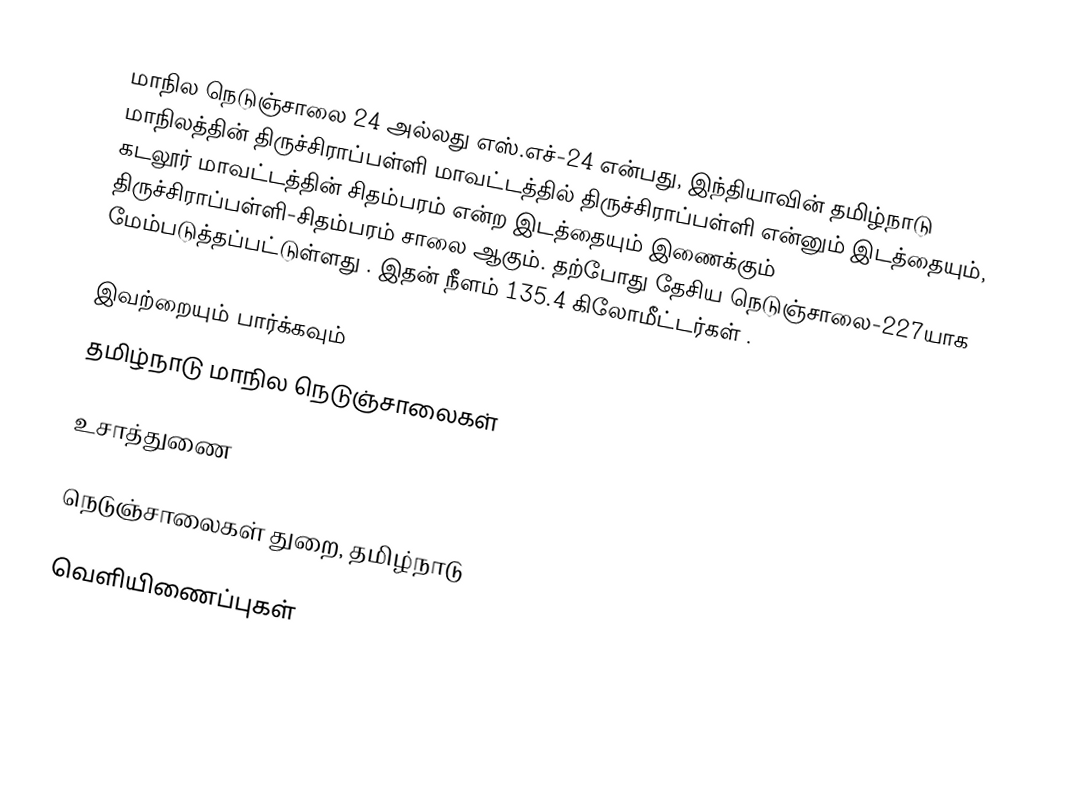
மாநில நெடுஞ்சாலை 24 அல்லது எஸ்.எச்-24 என்பது, இந்தியாவின் தமிழ்நாடு மாநிலத்தின் திருச்சிராப்பள்ளி மாவட்டத்தில் திருச்சிராப்பள்ளி என்னும் இடத்தையும், கடலூர் மாவட்டத்தின் சிதம்பரம் என்ற இடத்தையும் இணைக்கும் திருச்சிராப்பள்ளி-சிதம்பரம் சாலை ஆகும். தற்போது தேசிய நெடுஞ்சாலை-227யாக மேம்படுத்தப்பட்டுள்ளது . இதன் நீளம் 135.4 கிலோமீட்டர்கள் .

இவற்றையும் பார்க்கவும்
 தமிழ்நாடு மாநில நெடுஞ்சாலைகள்

உசாத்துணை

 நெடுஞ்சாலைகள் துறை, தமிழ்நாடு

வெளியிணைப்புகள்